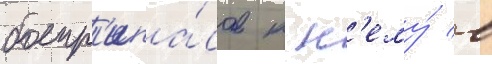
боепр'ипа́сов к н'ему́ в